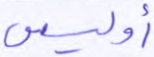
أوليس